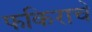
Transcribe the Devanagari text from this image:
फकिराचे